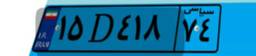
۱۵D۴۱۸۷۴